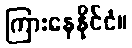
ကြားနေနိုင်ငံ။